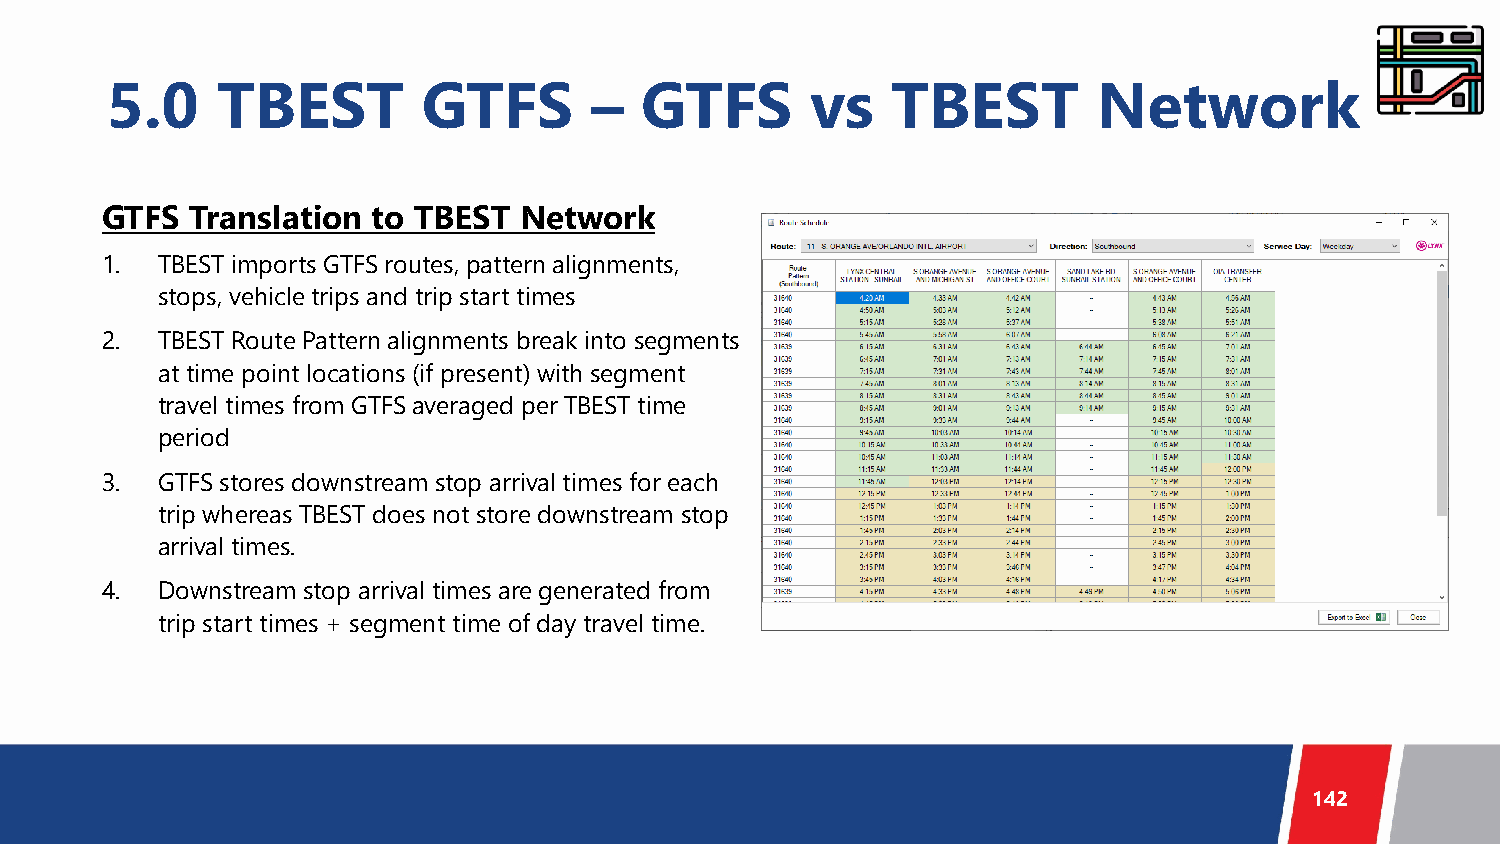
5.0    TBEST         GTFS       –  GTFS        vs   TBEST         Network
 GTFS  Translation to TBEST Network
 1. TBEST imports GTFS routes, pattern alignments,
 stops, vehicle trips and trip start times
 2. TBEST Route Pattern alignments break into segments
 at time point locations (if present) with segment
 travel times from GTFS averaged per TBEST time
 period
 3. GTFS stores downstream stop arrival times for each
 trip whereas TBEST does not store downstream stop
 arrival times.
 4. Downstream stop arrival times are generated from
 trip start times + segment time of day travel time.
 142